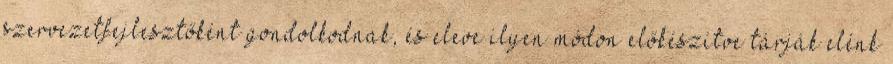
szervezetfejlesztőként gondolkodnak, és eleve ilyen módon előkészítve tárják elénk